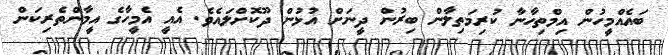
ބައެއްމީހުން އިމްތިހާނާ ކުރިމަތިލާން ބިރުން ދީނަށް އުޅުން ދޫކޮށްލައެވެ. އެއީ އެމީހާގެ އީމާންތެރިކަން